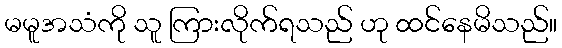
မမူအသံကို သူ ကြားလိုက်ရသည် ဟု ထင်နေမိသည်။